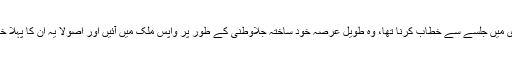
یہ 27دسمبر 2007ء کا دن تھا، بی بی نے اس روز لیاقت باغ راولپنڈی میں جلسے سے خطاب کرنا تھا، وہ طویل عرصہ خود ساختہ جلاوطنی کے طور پر واپس ملک میں آئیں اور اصولاً یہ ان کا پہلا خطاب تھا کہ جب وہ کراچی پہنچی تھیں تو شاہکار والا سانحہ پیش آ گیا۔